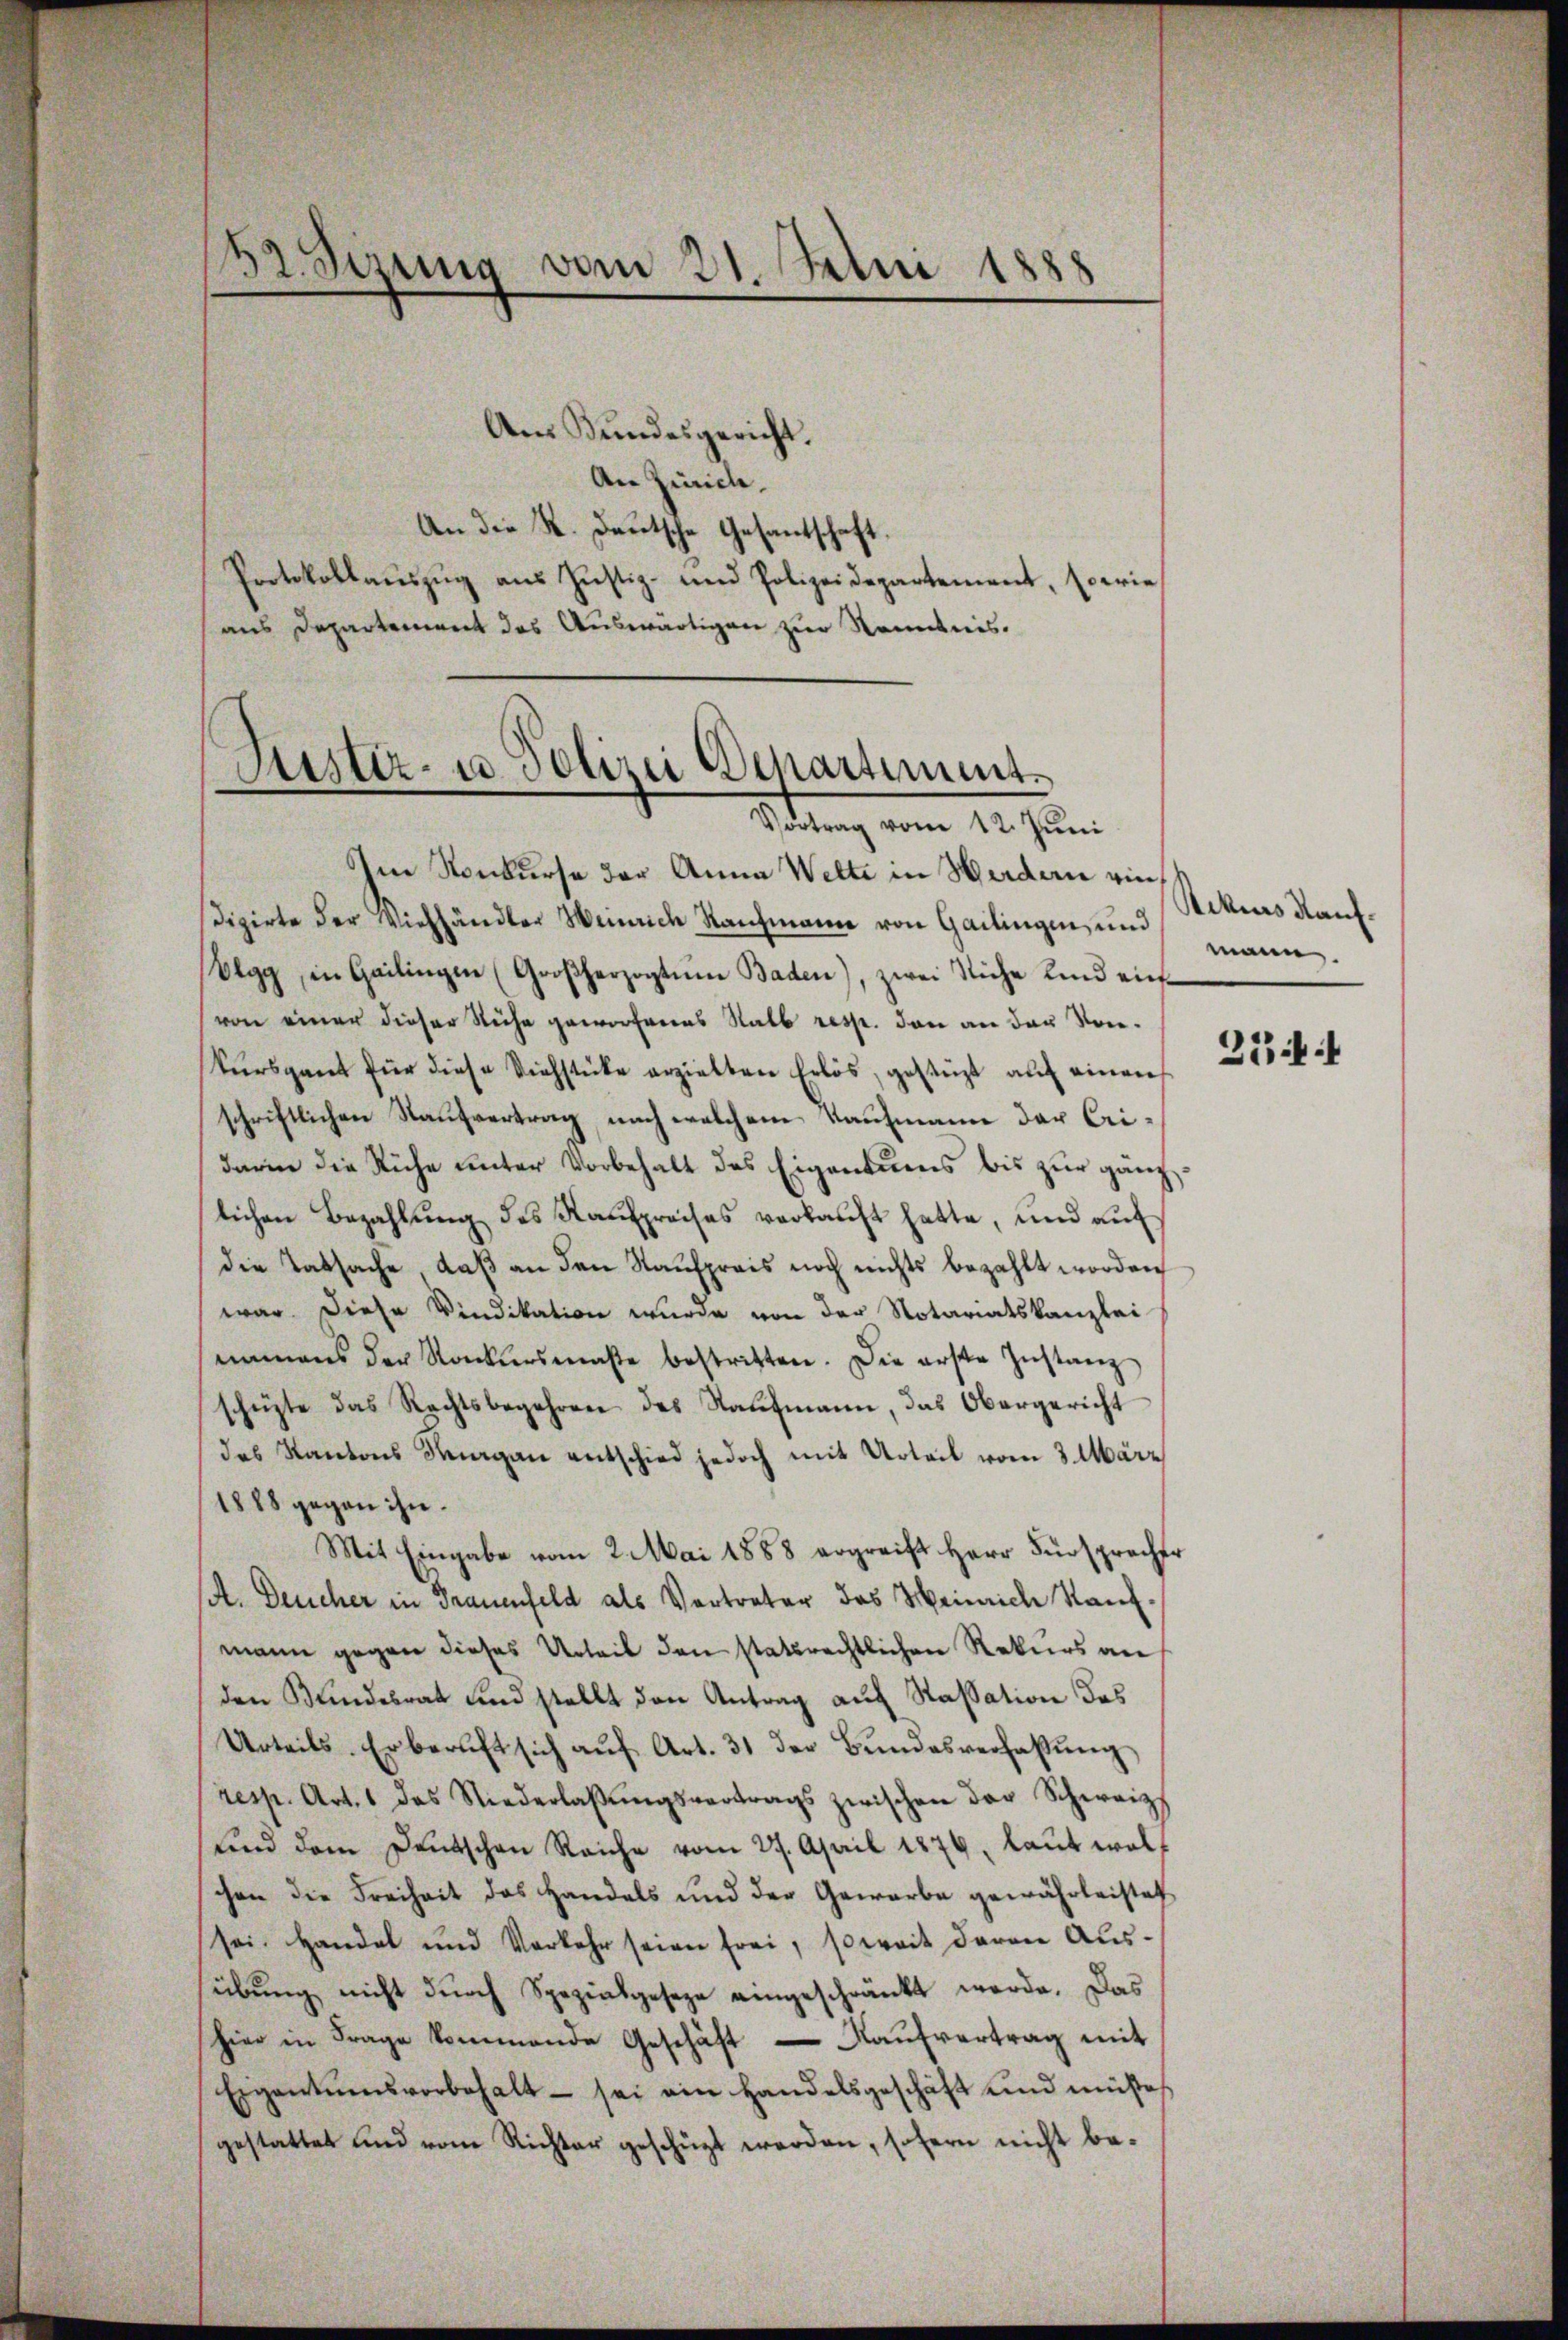
52. Serung vom 21. Juni 1888

Am Bundesgericht.
An Zürich,
An die K. Deutsche Gesantschaft.
Protokollaŭszŭg aŭs Justiz- und Polizeidepartement, sowie
aus Departement das Auswärtigen zur Kenntnis.

(
)
ustiz- u. Polize Schartiment¬
Vortrag vom 12. Juni

Im Konkurse der Anna Wette in Werdern eindizirte der Viehhändler Weinrich Ranzmann von Gailingen, und
Olgg, in Gailingen (Großherzogtum Baden), zwei Siche lind einvon einer dieser Stiche geworfenes Stall resp. den an der vonkursgant für diese Viehstücke erzielten Erlös, gestüzt auf einen
schriftlichen Kaufvertrag, nach welchem Kaufmann der beidarin die Ruhe unter Vorbehalt des Eigentuens bis zur ganz
lichen Bezahlung des Kaufpreises verkauft hatte, und auf
die Tatsache daß an den Kaufpreis noch nichts bezahlt worden
war. Diese Vindikation wurde von der Notariatskanzlei-
namens der Konkursmaße bestritten. Die erste Instanz
schüzte das Rechtsbegehren des Raŭfmann, das Obergericht
das Kantons Thurgau entschied jedoch mit Urteil vom 3. März
1888 gegen ihn.
Mit Eingabe vom 2. Mai 1888 ergreift Herr Fürsprecher
A. Deucher in Trauenfeld als Vertreter das Meinriche Kaufmann gegen dieses Urteil den statsrechtlichen Rekurs an
den Bundesrat und stellt den Antrag auf Kassation das
Urteils. Er beruft sich aŭf Art. 31 der Bŭndesverfassŭng
resp. Art. 1 das Niederlaβŭngsvertrags zwischen der Schweiz
ŭnd dem Deutschen Reiche vom 27. April 1874, laŭt wolt
chen die Freiheit das Handels und der Gewarbe gewährleistet
sei. Handel und Vorkehr seien frei, soweit daran Aus-
sübung nicht durch Spezialgeseze eingeschränkt werde. Das
hier in Frage kommende Geschäft. Kaŭfvertrag mit
Eigentumsvorbehalt - sei ein Handelsgeschäft und müße
gestattet und vom Richter geschüzt werden, sofern nicht be-

Ackias Kaufer
n

25